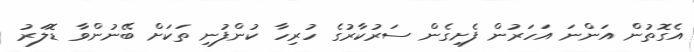
އެގޮތުން އަންނަ އަހަރުން ފެށިގެން ސަރުކާރުގެ ހުރިހާ ކުންފުނި ތަކަށް ބޭނުންވާ ޑޮލަރު